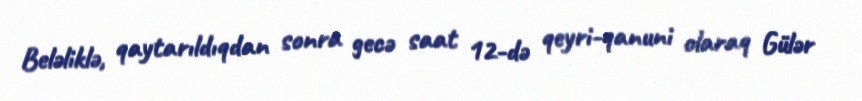
Beləliklə, qaytarıldıqdan sonra gecə saat 12-də qeyri-qanuni olaraq Gülər